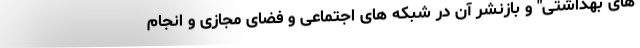
های بهداشتی" و بازنشر آن در شبکه های اجتماعی و فضای مجازی و انجام